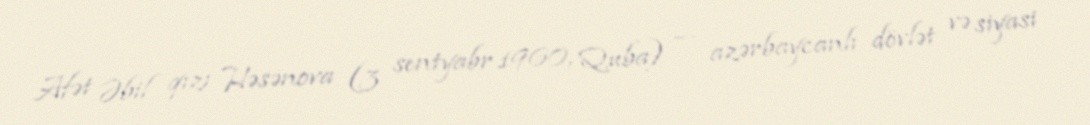
Afət Əbil qızı Həsənova (3 sentyabr 1960, Quba) — azərbaycanlı dövlət və siyasi